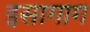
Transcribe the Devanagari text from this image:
इसागाग